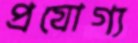
প্রযোগ্য